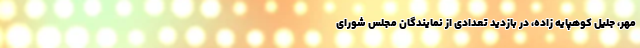
مهر، جلیل کوهپایه زاده، در بازدید تعدادی از نمایندگان مجلس شورای